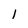
Character: 1